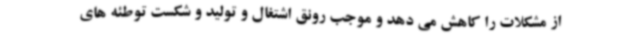
از مشکلات را کاهش می دهد و موجب رونق اشتغال و تولید و شکست توطئه های